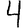
Digit: 4